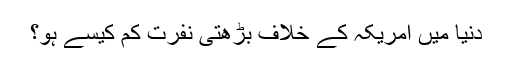
دنیا میں امریکہ کے خلاف بڑھتی نفرت کم کیسے ہو؟